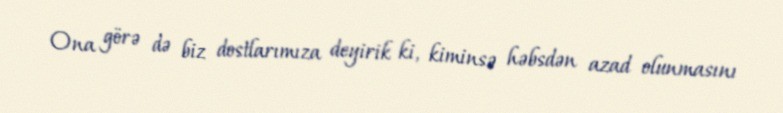
Ona görə də biz dostlarımıza deyirik ki, kiminsə həbsdən azad olunmasını